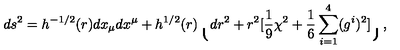
d s ^ { 2 } = h ^ { - 1 / 2 } ( r ) d x _ { \mu } d x ^ { \mu } + h ^ { 1 / 2 } ( r ) \lgroup d r ^ { 2 } + r ^ { 2 } [ { \frac { 1 } { 9 } } \chi ^ { 2 } + { \frac { 1 } { 6 } } \sum _ { i = 1 } ^ { 4 } ( g ^ { i } ) ^ { 2 } ] \rgroup ,